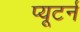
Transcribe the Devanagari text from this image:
प्यूटर्न